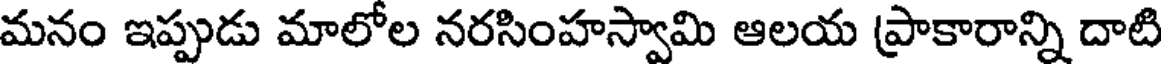
మనం ఇప్పుడు మాలోల నరసింహస్వామి ఆలయ ప్రాకారాన్ని దాటి